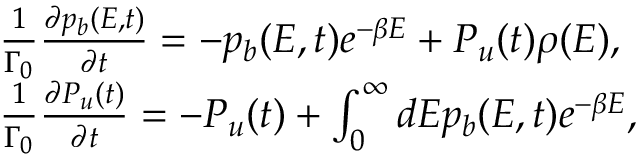
\begin{array} { r l } & { \frac { 1 } { \Gamma _ { 0 } } \frac { \partial p _ { b } ( E , t ) } { \partial t } = - p _ { b } ( E , t ) e ^ { - \beta E } + P _ { u } ( t ) \rho ( E ) , } \\ & { \frac { 1 } { \Gamma _ { 0 } } \frac { \partial P _ { u } ( t ) } { \partial t } = - P _ { u } ( t ) + \int _ { 0 } ^ { \infty } d E p _ { b } ( E , t ) e ^ { - \beta E } , } \end{array}